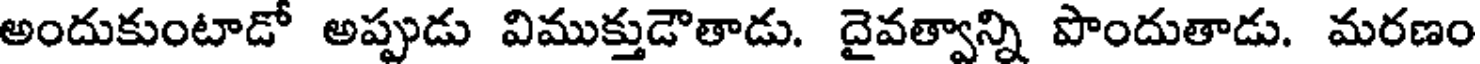
అందుకుంటాడో అప్పుడు విముక్తుడౌతాడు. దైవత్వాన్ని పొందుతాడు. మరణం